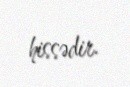
hissədir.